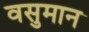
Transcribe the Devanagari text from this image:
वसुमान